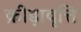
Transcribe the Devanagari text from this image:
क्रीड़ावृत्ति